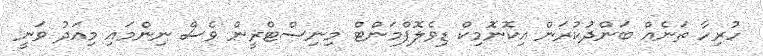
ހުރިހާ ތަނެއް ބަންދުކުރަން އިކޮނޮމިކް ޑިވެލޮޕްމަންޓް މިނިސްޓްރީން ވެސް ނިންމައި މިއަދު ވަނީ